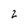
Character: 2